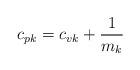
LaTeX: \begin{align*}c_{pk}=c_{vk}+\frac {1}{m_k}\end{align*}